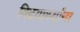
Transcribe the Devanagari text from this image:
विद्दयार्थ्यांना